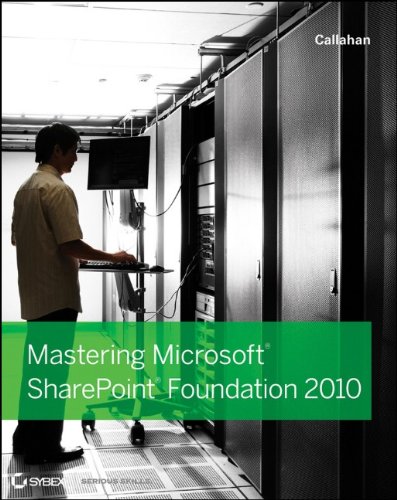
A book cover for Mastering Microsoft SharePoint Foundation 2010; Callahan; Computers & Technology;